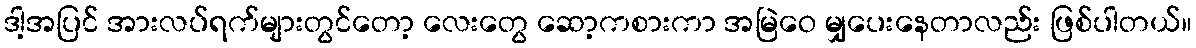
ဒါ့အပြင် အားလပ်ရက်များတွင်တော့ လေးတွေ ဆော့ကစားကာ အမြဲဝေ မျှပေးနေတာလည်း ဖြစ်ပါတယ်။